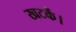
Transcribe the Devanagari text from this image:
खटकें।